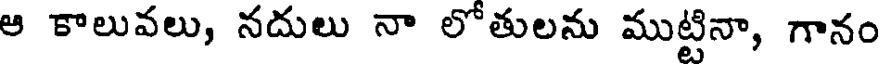
ఆ కాలువలు, నదులు నా లోతులను ముట్టినా, గానం